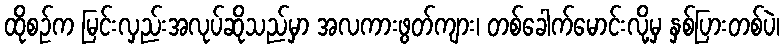
ထိုစဉ်က မြင်းလှည်းအလုပ်ဆိုသည်မှာ အလကားဖွတ်ကျား၊ တစ်ခေါက်မောင်းလို့မှ နှစ်ပြားတစ်ပဲ၊